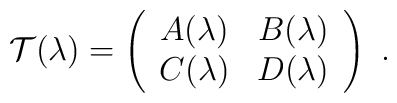
{\cal T}(\lambda) = \left(\begin{array}{cc} A(\lambda) & B(\lambda) \\      C(\lambda) & D(\lambda) \end{array} \right)\ .